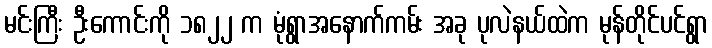
မင်းကြီး ဦးကောင်းကို ၁၈၂၂ က မုံရွာအနောက်ကမ်း အခု ပုလဲနယ်ထဲက မုန်တိုင်ပင်ရွာ